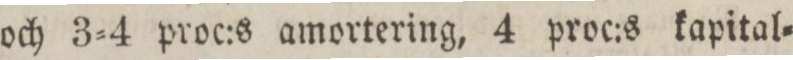
och 3=4 proc:s amortering, 4 proc:s kapital=